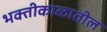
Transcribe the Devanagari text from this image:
भक्तीकाळातील